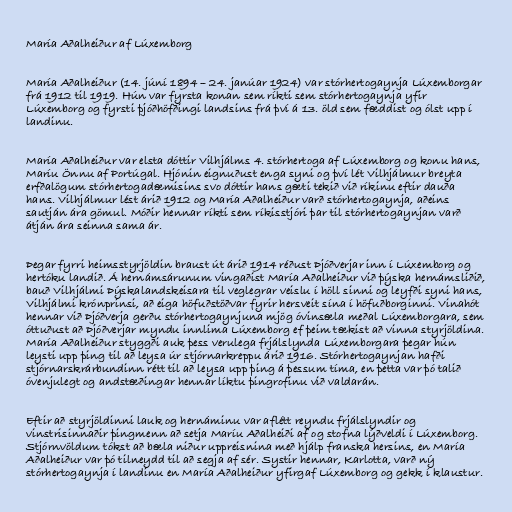
María Aðalheiður af Lúxemborg

María Aðalheiður (14. júní 1894 – 24. janúar 1924) var stórhertogaynja Lúxemborgar
frá 1912 til 1919. Hún var fyrsta konan sem ríkti sem stórhertogaynja yfir
Lúxemborg og fyrsti þjóðhöfðingi landsins frá því á 13. öld sem fæddist og ólst upp í
landinu.

María Aðalheiður var elsta dóttir Vilhjálms 4. stórhertoga af Lúxemborg og konu hans,
Maríu Önnu af Portúgal. Hjónin eignuðust enga syni og því lét Vilhjálmur breyta
erfðalögum stórhertogadæmisins svo dóttir hans gæti tekið við ríkinu eftir dauða
hans. Vilhjálmur lést árið 1912 og María Aðalheiður varð stórhertogaynja, aðeins
sautján ára gömul. Móðir hennar ríkti sem ríkisstjóri þar til stórhertogaynjan varð
átján ára seinna sama ár.

Þegar fyrri heimsstyrjöldin braust út árið 1914 réðust Þjóðverjar inn í Lúxemborg og
hertóku landið. Á hernámsárunum vingaðist María Aðalheiður við þýska hernámsliðið,
bauð Vilhjálmi Þýskalandskeisara til veglegrar veislu í höll sinni og leyfði syni hans,
Vilhjálmi krónprinsi, að eiga höfuðstöðvar fyrir hersveit sína í höfuðborginni. Vinahót
hennar við Þjóðverja gerðu stórhertogaynjuna mjög óvinsæla meðal Lúxemborgara, sem
óttuðust að Þjóðverjar myndu innlima Lúxemborg ef þeim tækist að vinna styrjöldina.
María Aðalheiður styggði auk þess verulega frjálslynda Lúxemborgara þegar hún
leysti upp þing til að leysa úr stjórnarkreppu árið 1916. Stórhertogaynjan hafði
stjórnarskrárbundinn rétt til að leysa upp þing á þessum tíma, en þetta var þó talið
óvenjulegt og andstæðingar hennar líktu þingrofinu við valdarán.

Eftir að styrjöldinni lauk og hernáminu var aflétt reyndu frjálslyndir og
vinstrisinnaðir þingmenn að setja Maríu Aðalheiði af og stofna lýðveldi í Lúxemborg.
Stjórnvöldum tókst að bæla niður uppreisnina með hjálp franska hersins, en María
Aðalheiður var þó tilneydd til að segja af sér. Systir hennar, Karlotta, varð ný
stórhertogaynja í landinu en María Aðalheiður yfirgaf Lúxemborg og gekk í klaustur.